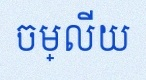
ចម្លើយ